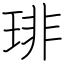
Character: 琲